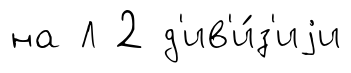
на Л 2 д'ив'и́з'иjи